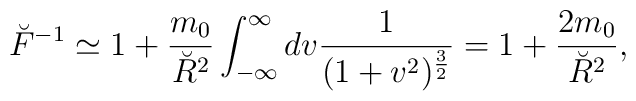
{\breve F}^{-1} \simeq 1 + {m_0 \over \breve{R}^2}\int_{-\infty}^\infty dv   {1\over (1+v^2)^{{3\over 2}}}= 1 +{2 m_0 \over \breve{R}^2},